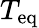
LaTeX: T_{\mathrm{eq}}